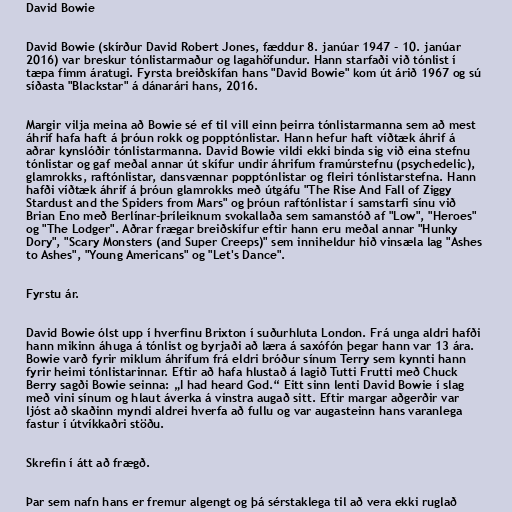
David Bowie

David Bowie (skírður David Robert Jones, fæddur 8. janúar 1947 - 10. janúar
2016) var breskur tónlistarmaður og lagahöfundur. Hann starfaði við tónlist í
tæpa fimm áratugi. Fyrsta breiðskífan hans "David Bowie" kom út árið 1967 og sú
síðasta "Blackstar" á dánarári hans, 2016.

Margir vilja meina að Bowie sé ef til vill einn þeirra tónlistarmanna sem að mest
áhrif hafa haft á þróun rokk og popptónlistar. Hann hefur haft víðtæk áhrif á
aðrar kynslóðir tónlistarmanna. David Bowie vildi ekki binda sig við eina stefnu
tónlistar og gaf meðal annar út skífur undir áhrifum framúrstefnu (psychedelic),
glamrokks, raftónlistar, dansvænnar popptónlistar og fleiri tónlistarstefna. Hann
hafði víðtæk áhrif á þróun glamrokks með útgáfu "The Rise And Fall of Ziggy
Stardust and the Spiders from Mars" og þróun raftónlistar í samstarfi sínu við
Brian Eno með Berlínar-þríleiknum svokallaða sem samanstóð af "Low", "Heroes"
og "The Lodger". Aðrar frægar breiðskífur eftir hann eru meðal annar "Hunky
Dory", "Scary Monsters (and Super Creeps)" sem inniheldur hið vinsæla lag "Ashes
to Ashes", "Young Americans" og "Let's Dance".

Fyrstu ár.

David Bowie ólst upp í hverfinu Brixton í suðurhluta London. Frá unga aldri hafði
hann mikinn áhuga á tónlist og byrjaði að læra á saxófón þegar hann var 13 ára.
Bowie varð fyrir miklum áhrifum frá eldri bróður sínum Terry sem kynnti hann
fyrir heimi tónlistarinnar. Eftir að hafa hlustað á lagið Tutti Frutti með Chuck
Berry sagði Bowie seinna: „I had heard God.“ Eitt sinn lenti David Bowie í slag
með vini sínum og hlaut áverka á vinstra augað sitt. Eftir margar aðgerðir var
ljóst að skaðinn myndi aldrei hverfa að fullu og var augasteinn hans varanlega
fastur í útvíkkaðri stöðu.

Skrefin í átt að frægð.

Þar sem nafn hans er fremur algengt og þá sérstaklega til að vera ekki ruglað